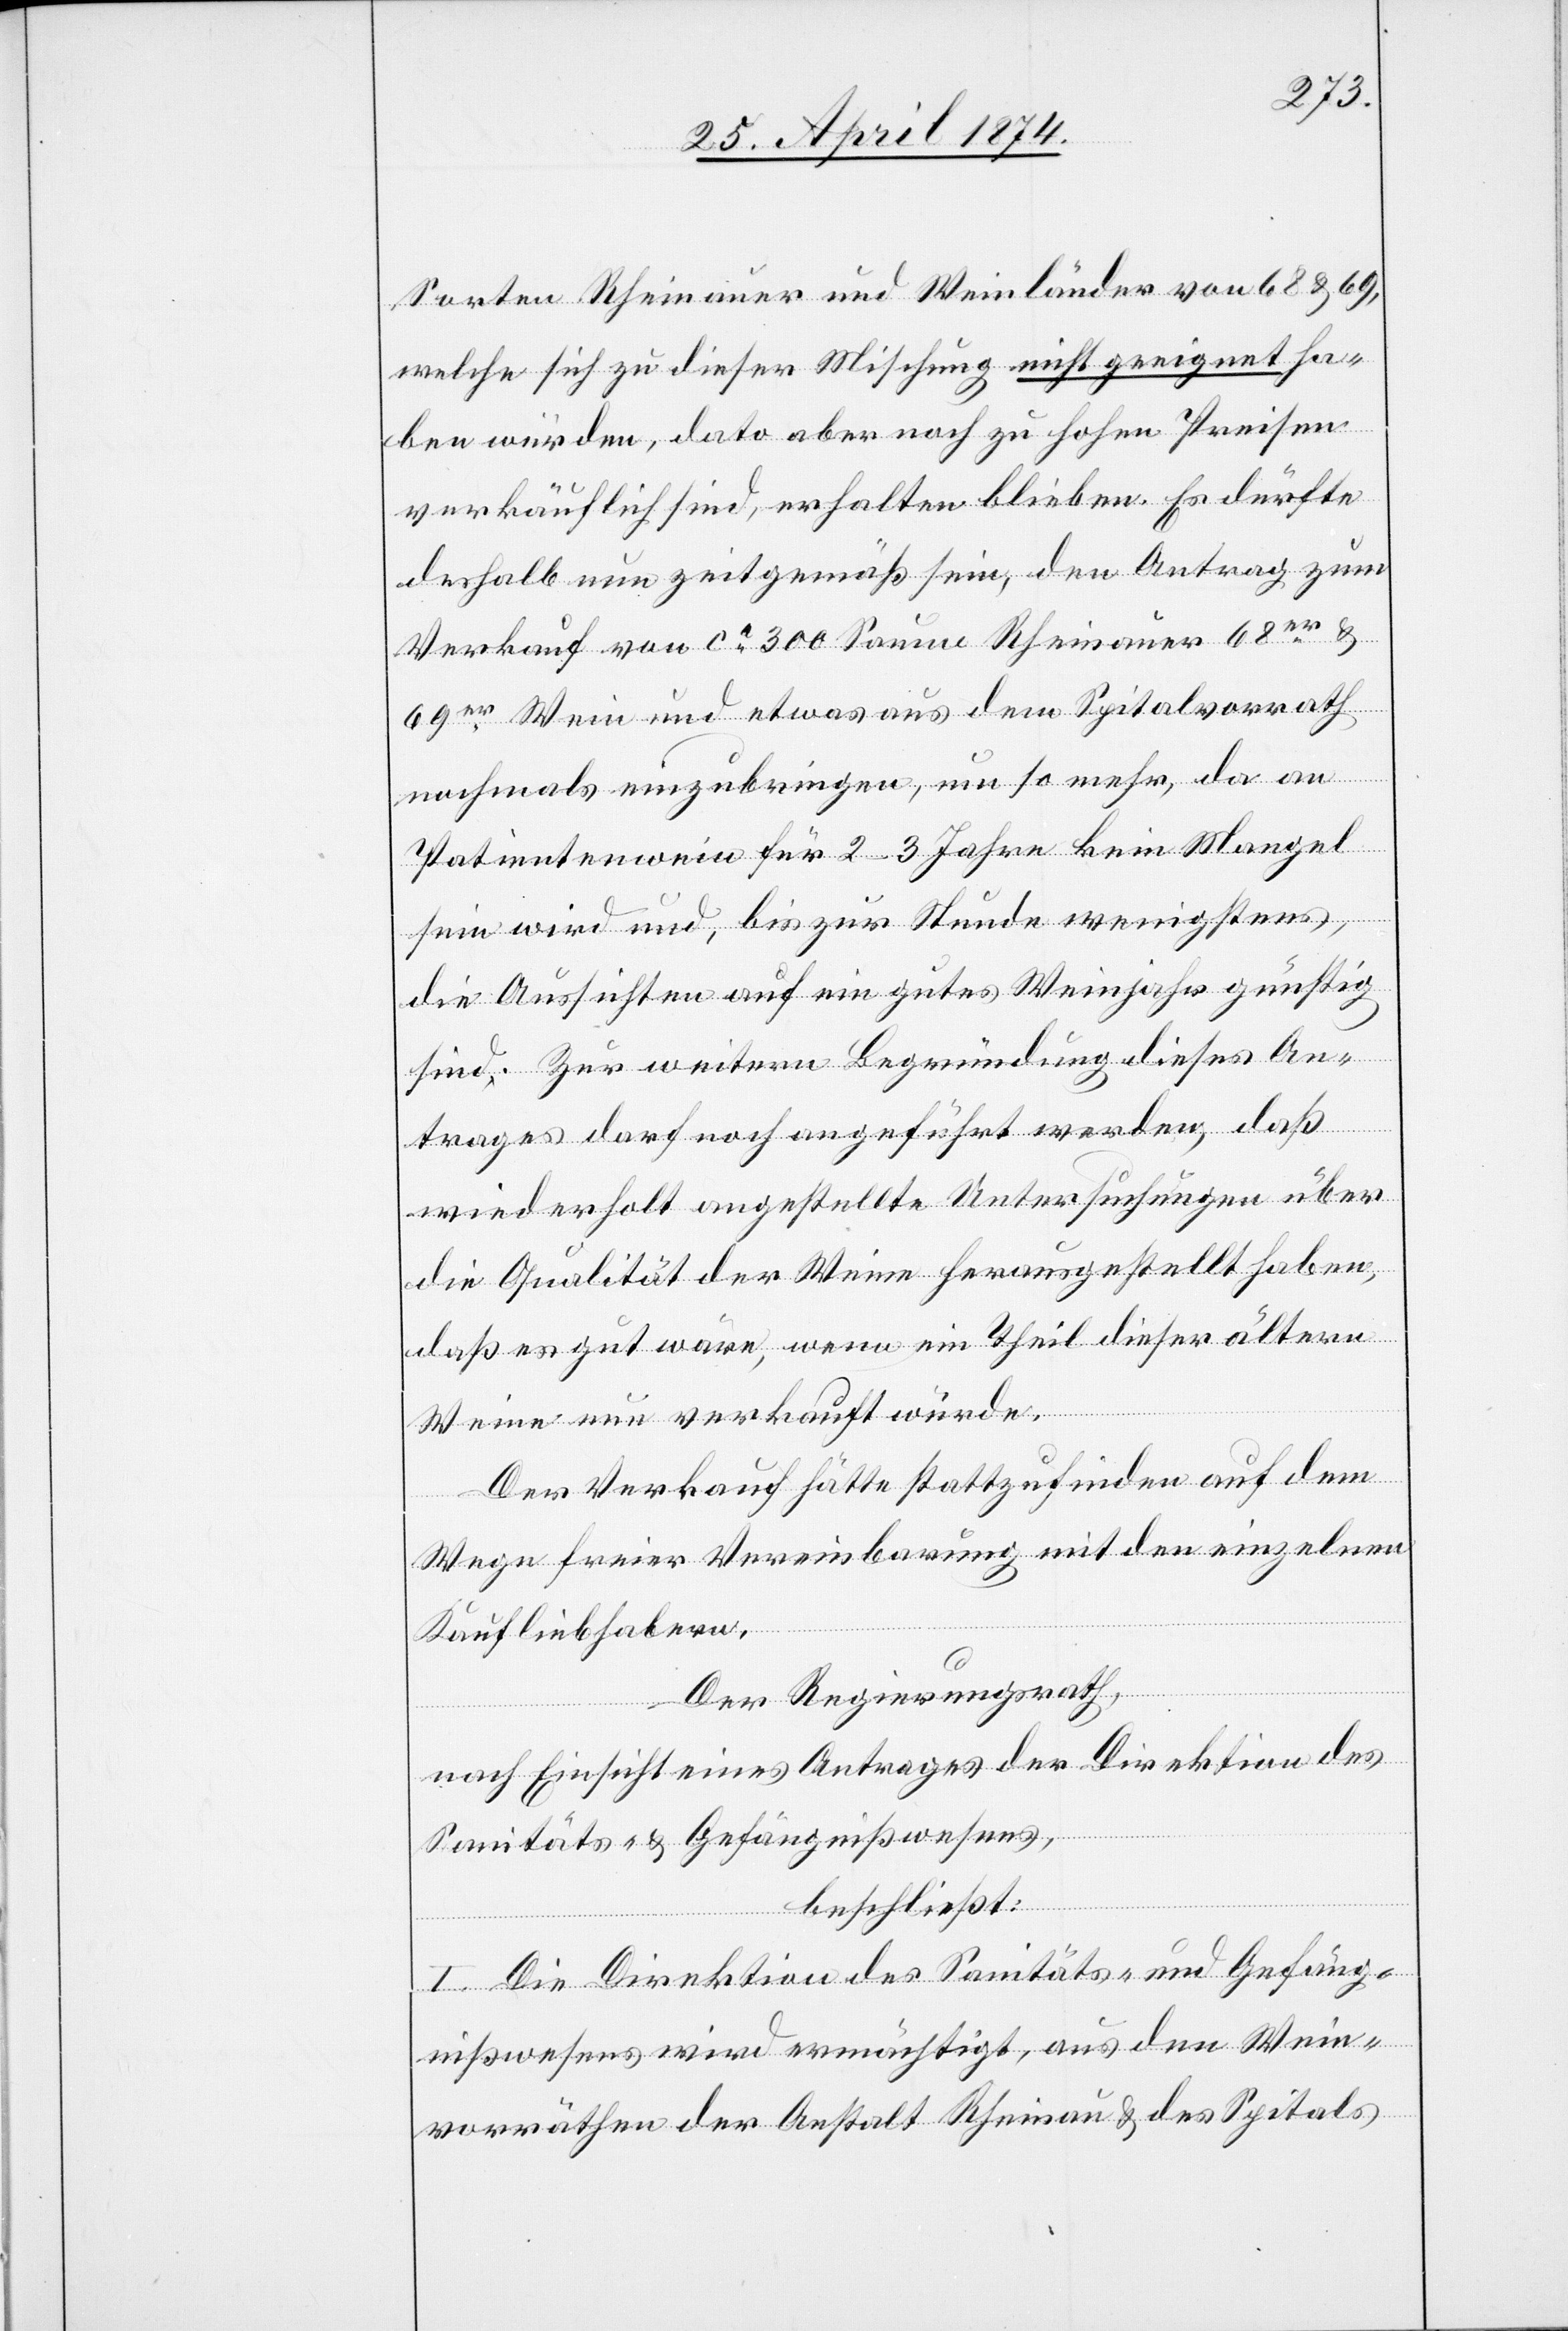
Sorten Rheinauer und Weinländer von 68 u 69,
welche sich zu dieser Mischung nicht geeignet ha¬
ben würde, dato aber nach zu hohen Preisen
verkäuflich sind, erhalten blieben. Es dürfte
deshalb nun zeitgemäß sein, den Antrag zum
Verkauf von ca 300 Saume Rheinauer 68er u.
69er Wein und etwas aus dem Spitalvorrath
nochmals einzubringen, um so mehr, da an
Patientenwein für 2–3 Jahre kein Mangel
sein wird und, bis zur Stunde wenigstens,
die Aussichten auf ein gutes Weinjahr günstig
sind. Zur weitern Begründung dieses An¬
trages darf noch angeführt werden, daß
wiederholt angestellte Untersuchungen über
die Qualität der Weine herausgestellt haben,
daß es gut wäre, wenn ein Theil dieser ältern
Weine nun verkauft würde.
Der Verkauf hätte stattzufinden auf dem
Wege freier Vereinbarung mit den einzelnen
Kaufliebhabern.
Der Regierungsrath,
nach Einsicht eines Antrages der Direktion des
Sanitäts- u. Gefängnißwesens,
beschließt:
I. Die Direktion des Sanitäts- und Gefäng¬
nißwesens wird ermächtigt, aus den Wein¬
vorräthen der Anstalt Rheinau u. des Spitals